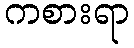
ကစားရာ